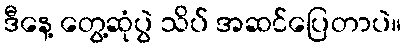
ဒီနေ့ တွေ့ဆုံပွဲ သိပ် အဆင်ပြေတာပဲ။